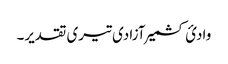
وادئ کشمیر آزادی تیری تقدیر۔